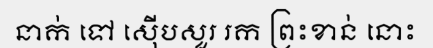
នាក់ ទៅ ស៊ើបសួរ រក ព្រះខាន់ នោះ